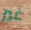
غير